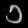
Digit: ၁